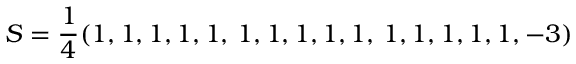
S = \frac 1 4 ( 1 , 1 , 1 , 1 , 1 , \, 1 , 1 , 1 , 1 , 1 , \, 1 , 1 , 1 , 1 , 1 , - 3 )